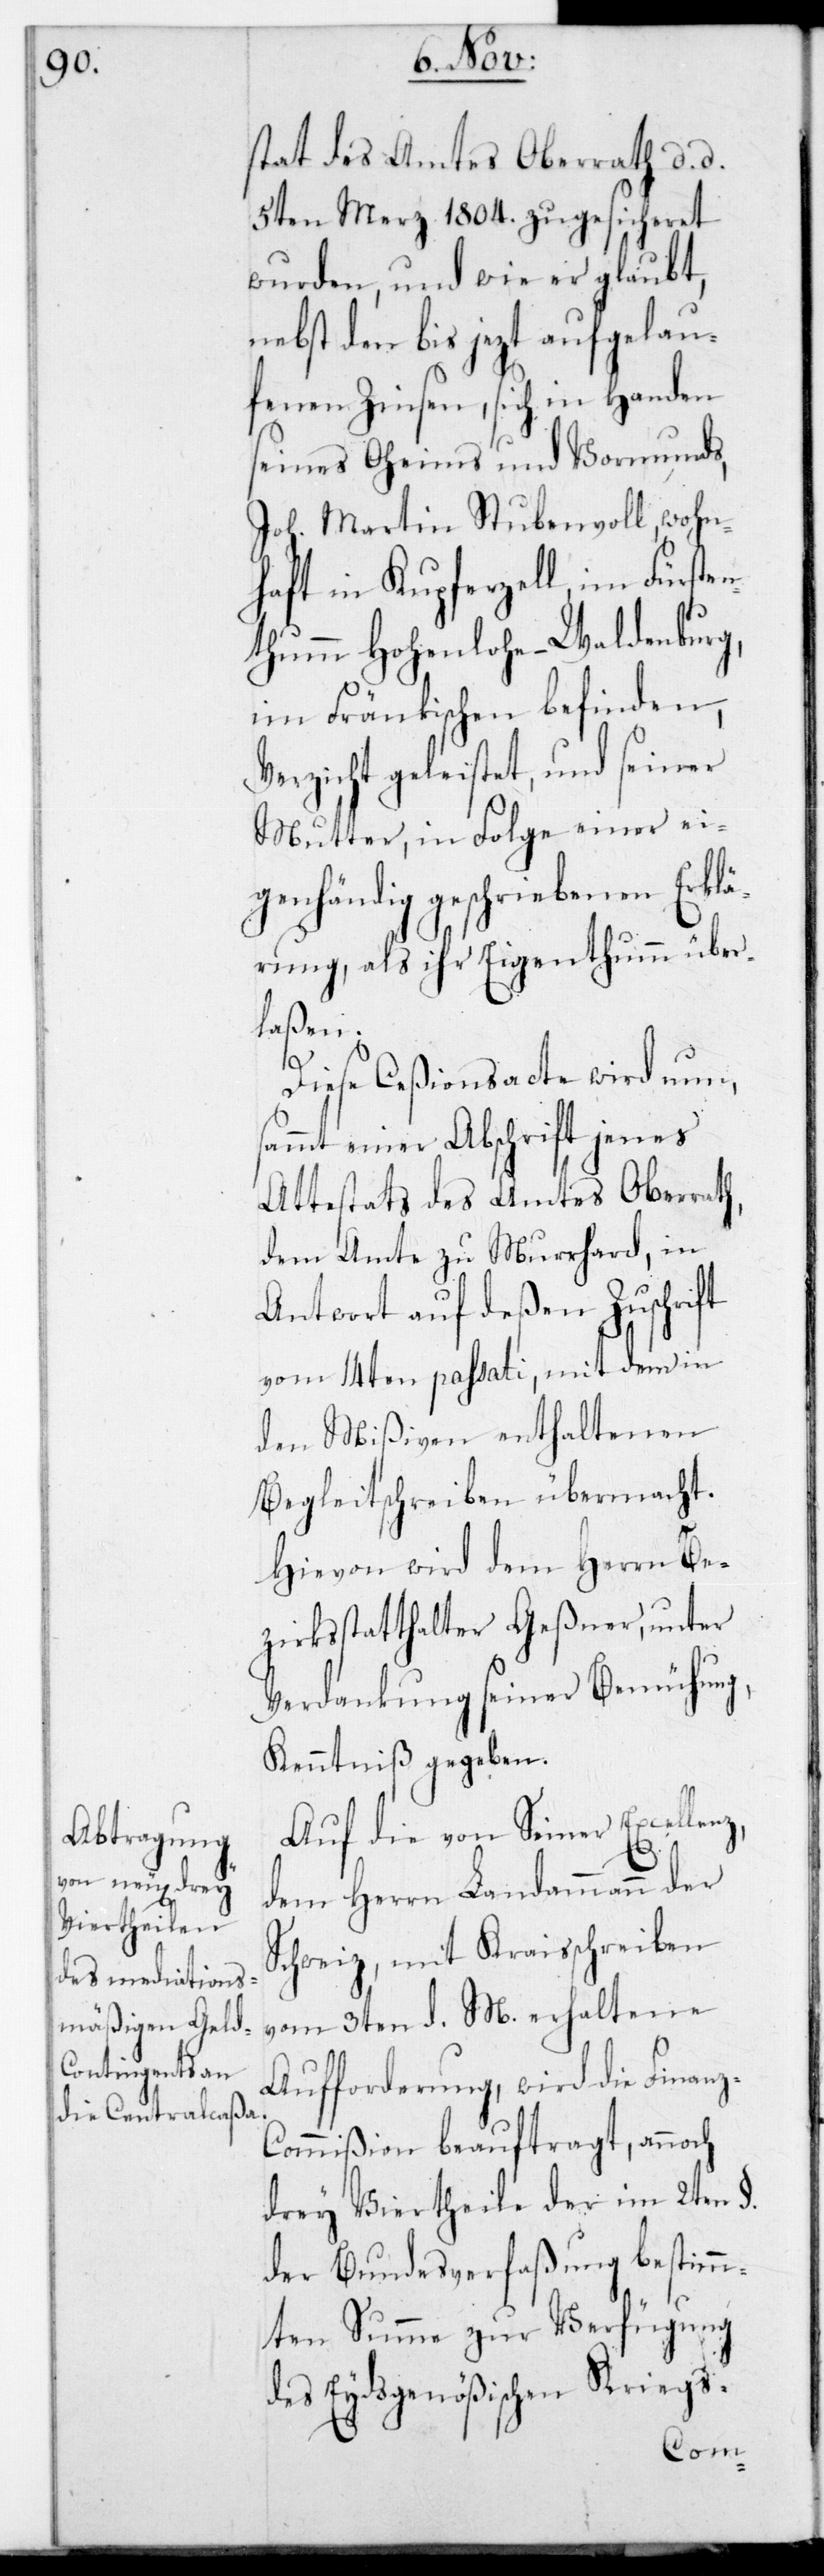
stat des Amtes Oberrath, d. d.
5ten Merz 1804. zugesicheret
wurden, und wie er glaubt,
nebst den bis jetzt aufgelau¬
fenen Zinsen, sich in Handen
seines Oheims und Vormunds,
Joh. Martin Stubenvoll, wohn¬
haft in Kupferzell, im Fürste¬
nthum Hohenlohe-Waldenburg,
im Fränkischen befinden,
Verzicht geleistet, und seiner
Mutter, in Folge einer ei¬
genhändig geschriebenen Erklä¬
rung, als ihr Eigenthum über¬
laßen.
Diese Ceßionsacte wird nun,
sammt einer Abschrift jenes
Attestats des Amtes Oberrath,
dem Amte zu Murrhard, in
Antwort auf deßen Zuschrift
vom 14ten passati, mit dem in
den Mißiven enthaltenen
Begleitschreiben übermacht.
Hievon wird dem Herrn Be¬
zirksstatthalter Geßner, unter
Verdankung seiner Bemühung,
Kenntniß gegeben.
Auf die von Seiner Excellen¬
z,
dem Herrn Landammann der
Schweiz, mit Kraisschreiben
vom 3ten d. M. erhaltene
Aufforderung, wird die Finanz¬
commißion beauftragt, annoch
drey Viertheile der im 2ten
der Bundesverfaßung bestimm¬
ten Summe zur Verfügung
des Eydsgenößischen Kriegs-